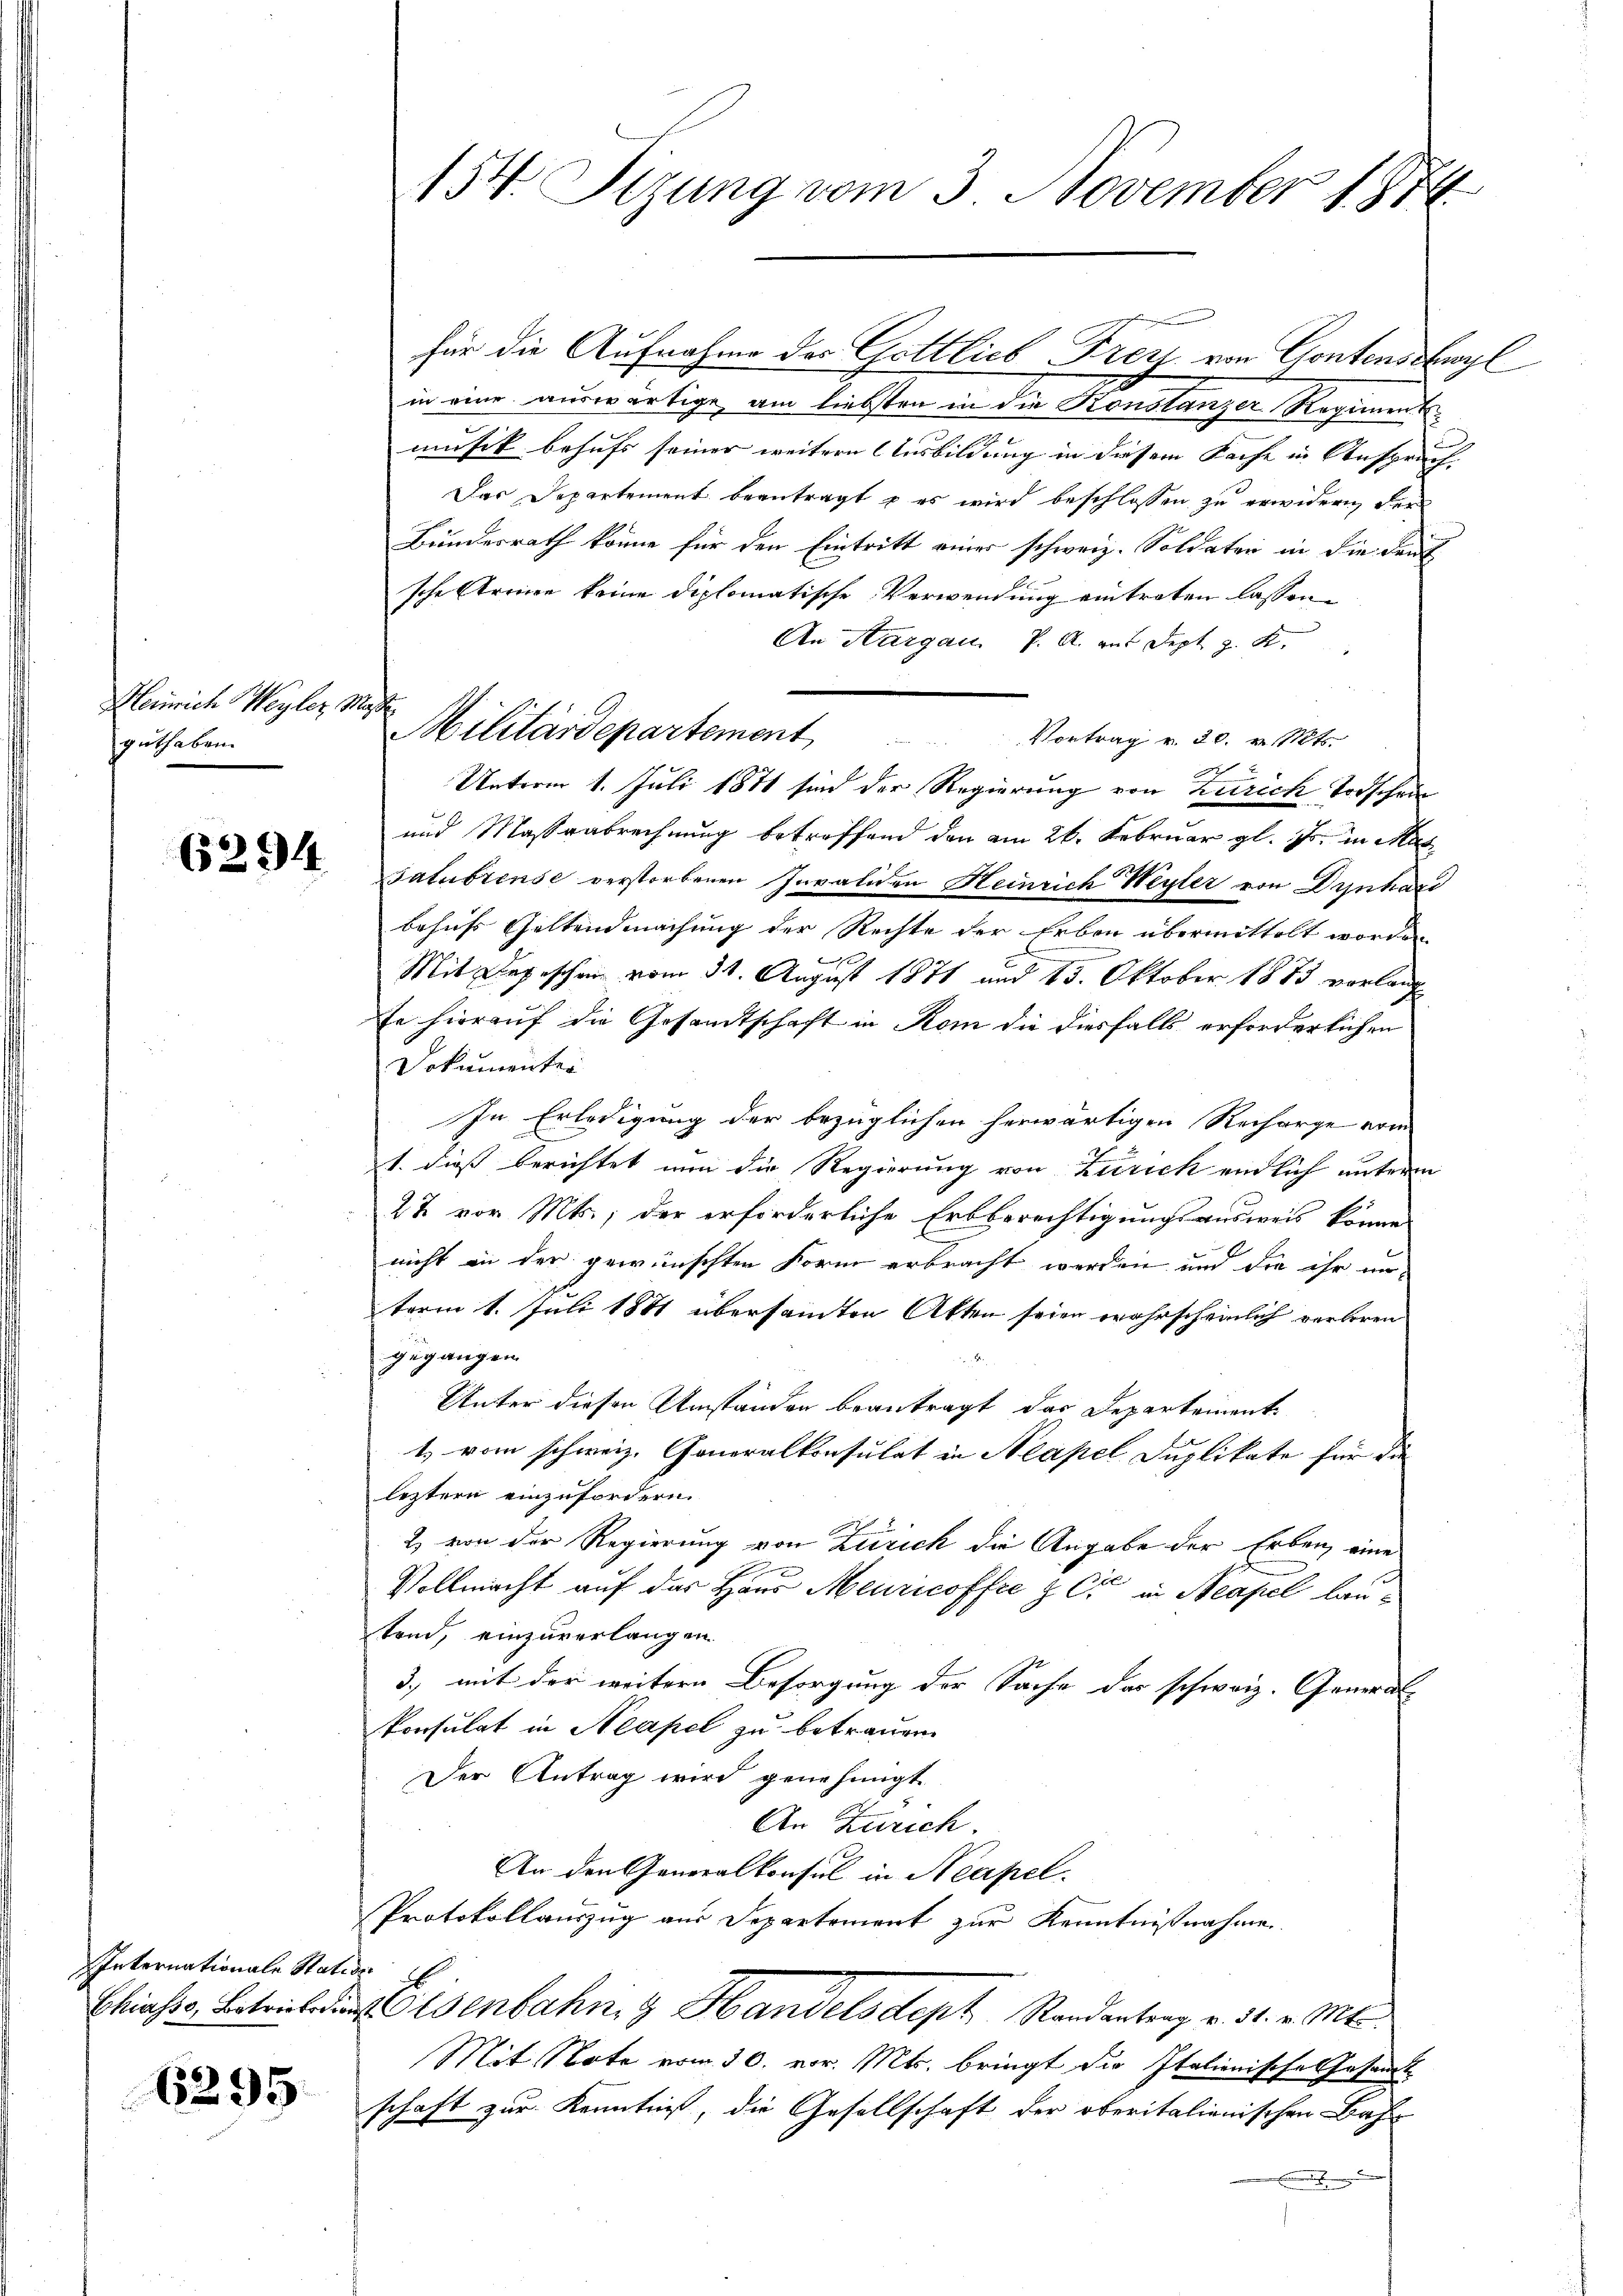
Heinrich Weyler Mat
guthaben.

6294

Internationale Statio
Chiasso, Betriskotion

6295

¬

154. Sizung vom 3. November 1874

für die Aufnahme des Gottlieb Frey von Gontenschwyl
in eine auswärtige am liebsten in die Konstanzer Regiment
musik behufs seiner weitere Ausbildung in diesem Sache in Anspruch- |
Das Departement beantragt u es wird beschlossen zu erwidern, der
Bundesrath könne für den Eintritt einer schweiz. Soldaten in die Deut
sche Arenen keine diplomatische Verwendung eintreten lassen.
An Aargau, P. A. aus Sept. g. K.
Militärdepartement                           Vortrag v. 20. v. Mts.
Unterm 1. Juli 1871 sin der Regierung von Zürich Todschein
und Masserabrechnung betreffend den am 26. Februar gl. Js. in Mas
satubrinse verstorbenen Invaliden Heinrich Weyer von Dynhard
behufs Geltendmachung der Rechte der Erben übermittelt worden
Mit Depeschen vom 31. August 1871 und 15. Oktober 1883 verlang
te hierauf die Gesandtschaft in Rom die diesfalls erforderlichen
Dokumenter
In Erledigung der bezüglichen herwärtigen Recharge vom
1. dieß berichtet nun die Regierung von Zürich endlich unterm
2% vor. Mts., der erforderliche Erbberechtigungsausweis könne
nicht in der gewünschten Form erbracht werden und die ihr unterm 1. Juli 1881 übersammten Akten seien wahrscheinlich verloren
gegangen
Unter diesen Umständen beantragt, das Departement¬
1. vom schweiz. Generalkonsulat in Neapel Duplikate für die
letztern einzufordern.
2 von der Regierung von Zürich die Angabe der Erben eine
f
Vollmacht auf das Haus Meuricoffre & Cie in Neapel lautrnd, einzuverlangen.
3., mit der weitern Besorgung der Sache das schweiz. Generalkonsulat in Neapel zu betrauen
Der Antrag wird genehmigt.
An Zürich.
An den Generalkonsul in Neapel
Protokollauszug aus Departement zur Kenntnißnahme
Eisenbahng Handelsdeph Randantrag v. 31. v. Mts.
Mit Note vom 30. vor. Mts. bringt die Italienische Gesandt
schaft zur Kenntniß, die Gesellschaft der oberitalienischen Bahn
.